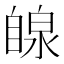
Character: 𫇋